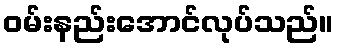
ဝမ်းနည်းအောင်လုပ်သည်။